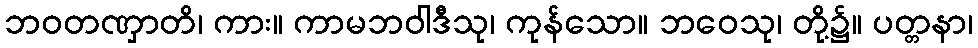
ဘဝတဏှာတိ၊ ကား။ ကာမဘဝါဒီသု၊ ကုန်သော။ ဘဝေသု၊ တို့၌။ ပတ္တနာ၊